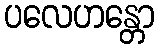
ပလေဟန္တော